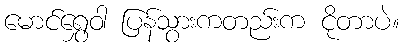
မောင်ရွှေဝါ ပြန်သွားကတည်းက ငိုတာပဲ။